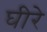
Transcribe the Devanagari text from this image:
घीरे